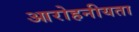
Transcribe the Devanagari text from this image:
आरोहनीयता